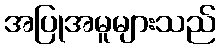
အပြုအမူများသည်